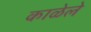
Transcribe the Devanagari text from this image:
काळेले